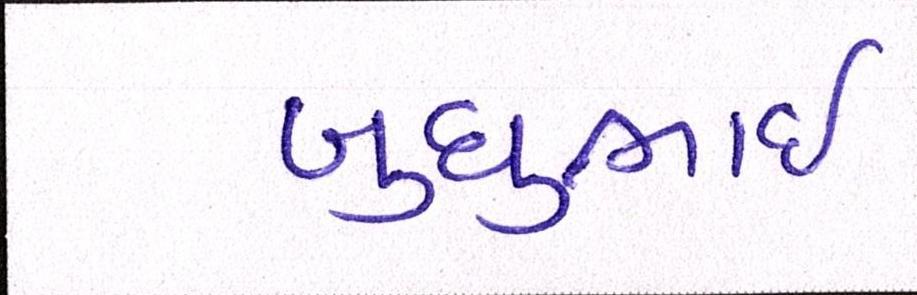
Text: બુધુભાઇ